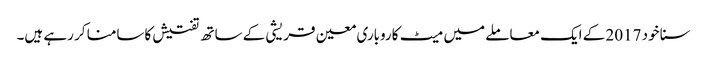
سنا خود 2017 کے ایک معاملے میں میٹ کاروباری معین قریشی کے ساتھ تفتیش کاسامنا کر رہے ہیں۔